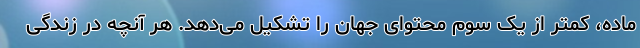
ماده، کمتر از یک سوم محتوای جهان را تشکیل می‌دهد. هر آنچه در زندگی